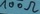
Text: 100Ω